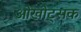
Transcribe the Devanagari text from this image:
ओखोट्सक